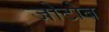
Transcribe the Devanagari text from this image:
जोटोब